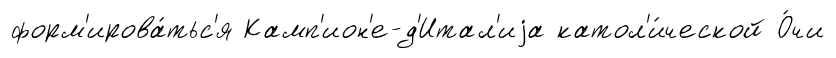
форм'ирова́тьс'я Камп'ион'е-д'Итал'иjа катол'и́ческой О́чи